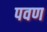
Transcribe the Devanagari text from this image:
पवण